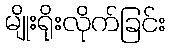
မျိုးရိုးလိုက်ခြင်း